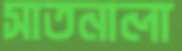
সাতনালা